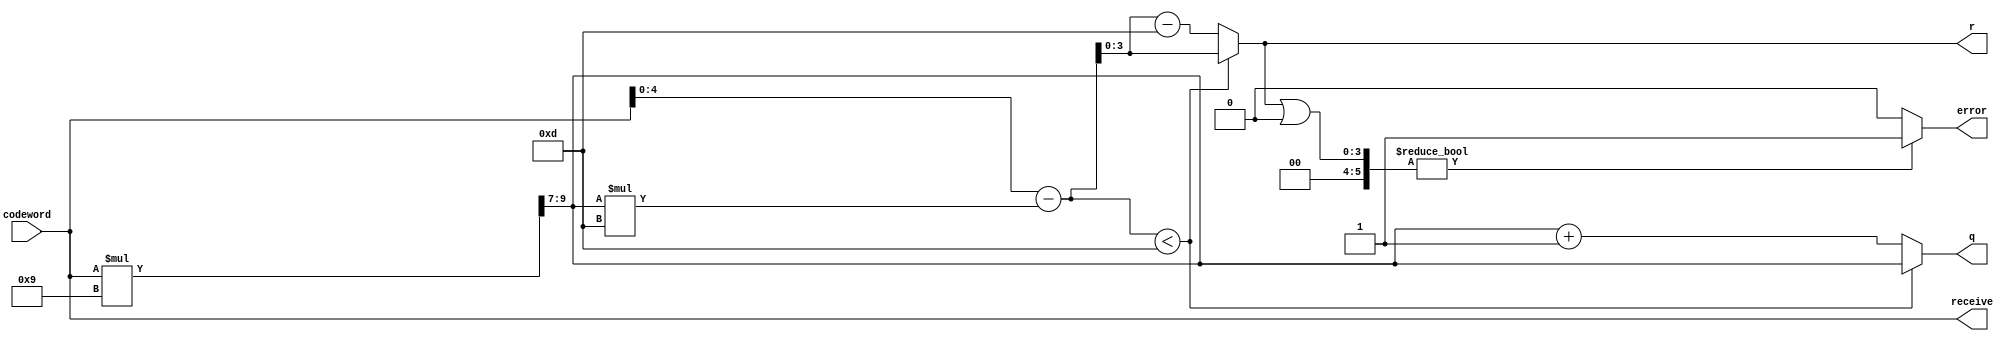
`timescale 1ns / 1ps

module barrett_n13(input [5:0] codeword,
                     output  [2:0]q,
                     output [3:0]r ,
                     output error,
                     output  [5:0] receive

                    );


  // wire [2:0]q;
  // wire [3:0]r;
  wire  [9:0]q_temp;
  wire  [4:0]r_temp;
  // wire error;
  // wire [5:0]receive;

  assign q_temp = codeword*4'd9 >>7;
  assign r_temp = codeword-q_temp*4'd13;
  assign q = r_temp <4'd13 ? q_temp:q_temp+1'b1;
  assign r= r_temp <4'd13 ? r_temp:r_temp-4'd13;
  assign error = r | 6'b0 ? 1'b1:1'b0;
  assign receive = codeword;

endmodule